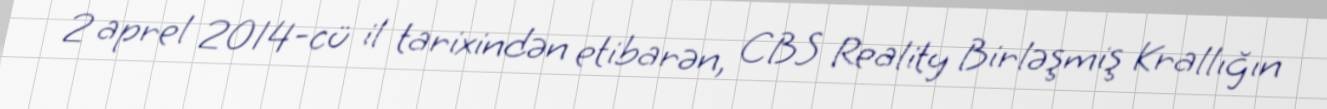
2 aprel 2014-cü il tarixindən etibarən, CBS Reality Birləşmiş Krallığın